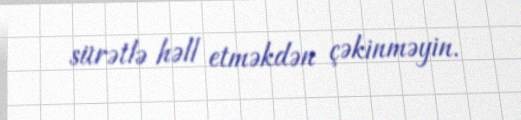
sürətlə həll etməkdən çəkinməyin.